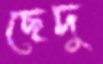
ছেদু